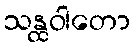
သန္ထဝါတော